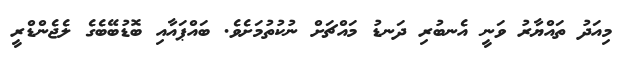
މިއަދު ތައްޔާރު ވަނީ އެނބުރި ދަނޑު މައްޗަށް ނުކުތުމަށެވެ. ބައްޕައާއި ބޮޑުބޭބެގެ ލެޖެންޑްރީ